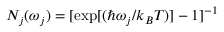
N _ { j } ( \omega _ { j } ) = [ \exp [ ( \hbar \omega _ { j } / k _ { B } T ) ] - 1 ] ^ { - 1 }